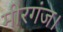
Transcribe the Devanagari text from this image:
मीरगंज।